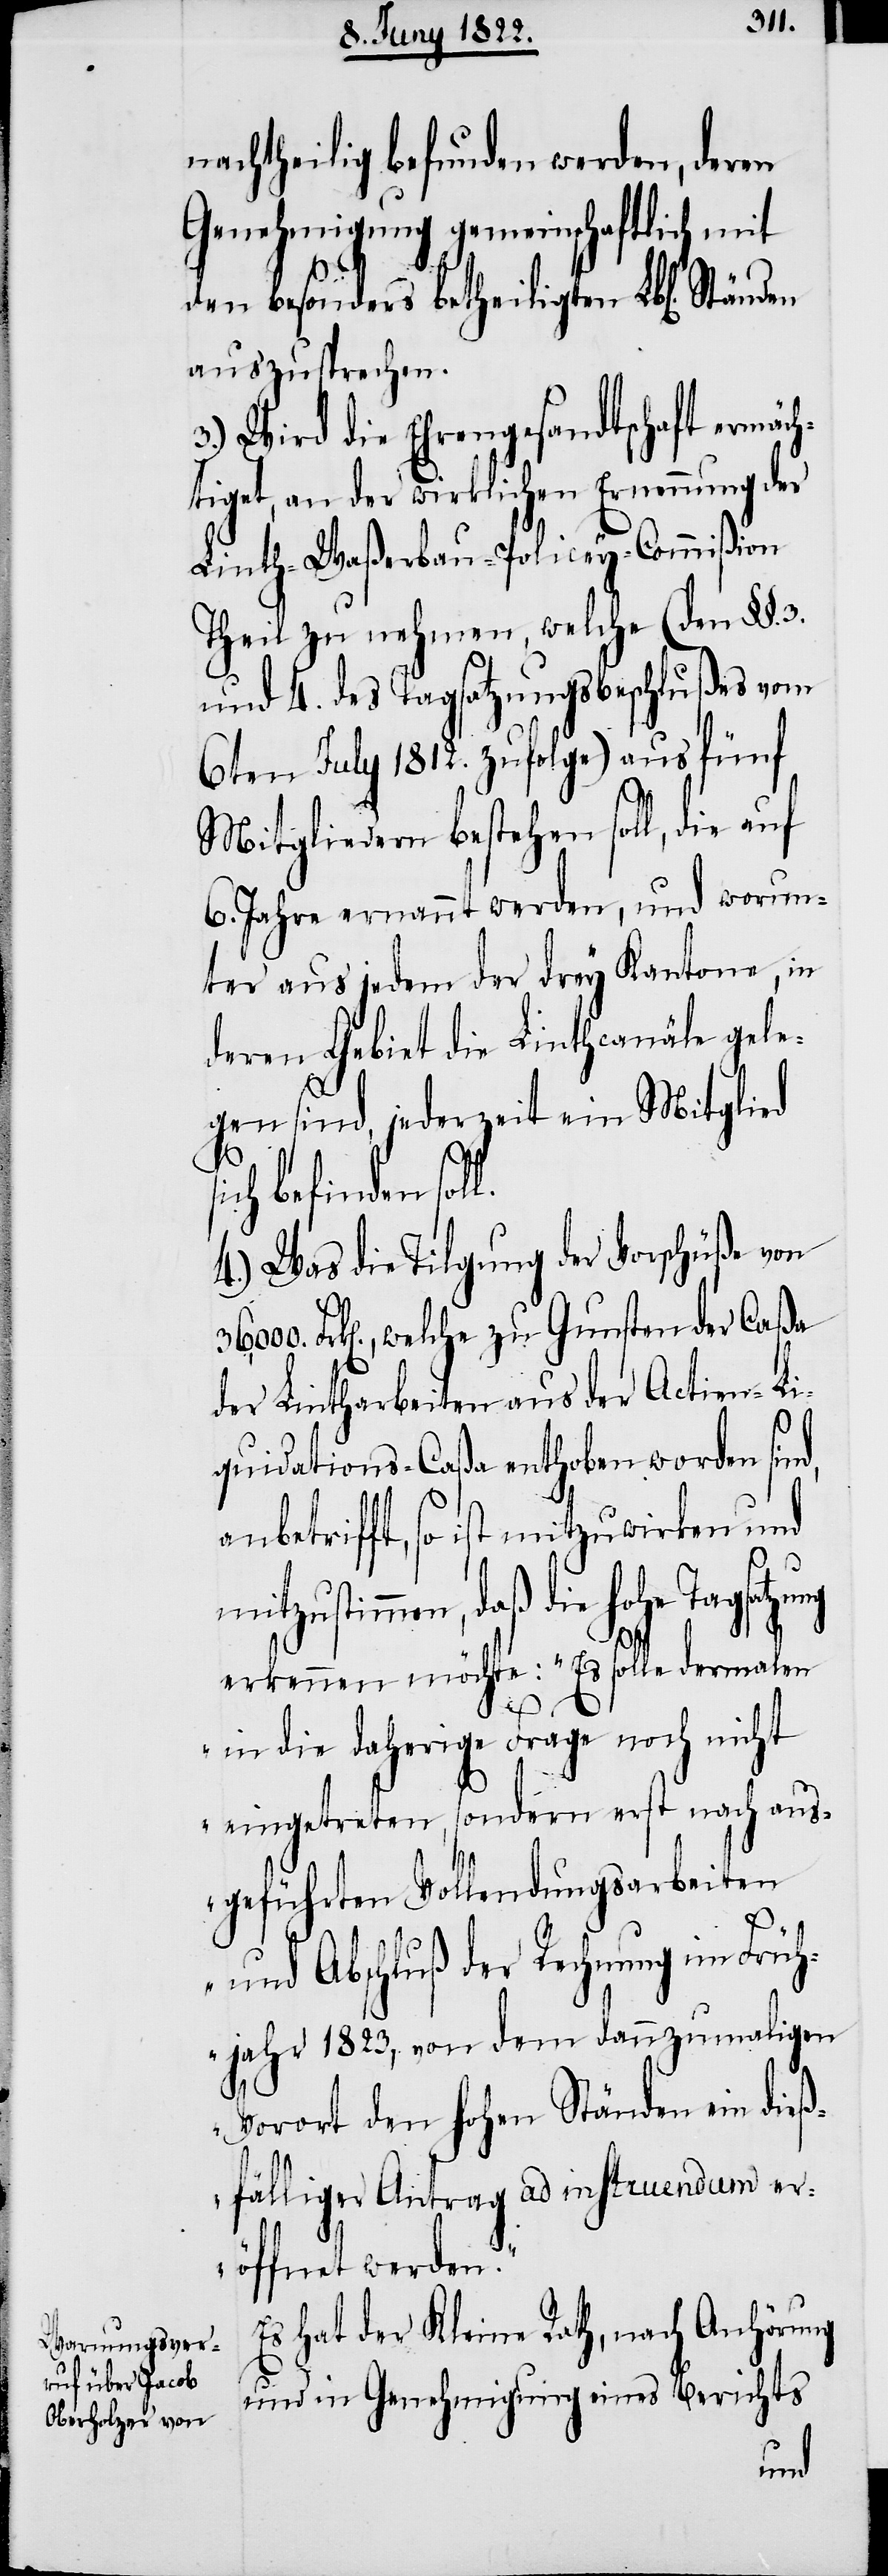
nachtheilig befunden werden, deren
Genehmigung gemeinschaftlich mit
den besonders betheiligten Lbl[ichen].
auszusprechen.
3.) Wird die Ehrengesandtschaft ermäch¬
tiget, an der wirklichen Ernennung der
Linth-Waßerbau-Policey-Commißion
Theil zu nehmen, welche (den §§.3.
und 4. des Tagsatzungsbeschlußes vom
6ten July 1812. zufolge) aus fünf
Mitgliedern bestehen soll, die auf
6. Jahre ernannt werden, und worun¬
ter aus jedem der drey Kantone, in
deren Gebiet der Linthcanäle gele¬
gen sind, jederzeit ein Mitglied
4.) Was die Tilgung der Vorschüße von
Frk[en]., welche zu Gunsten der Caßa
der Lintharbeiten aus der Actien-Li¬
quidations-Caßa enthoben worden sind,
anbetrifft, so ist mitzuwirken und
mitzustimmen, daß die hohe
erkennt möchte: „Es solle dermalen
in die daherige Frage noch nicht
eingetreten, sondern erst nach aus¬
geführten Vollendungsarbeiten
und Abschluß der Rechnung im Früh¬
jahr 1823., von dem dannzumaligen
Vorort den hohen Ständen ein dieß¬
fälliger Antrag ad instruendum er¬
öffnet werden.“
Es hat der Kleine Rath, nach Anhörung
und in Genehmigung eines Berichts